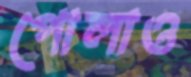
পোলাও